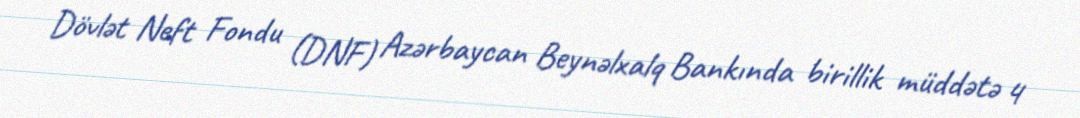
Dövlət Neft Fondu (DNF) Azərbaycan Beynəlxalq Bankında birillik müddətə 4